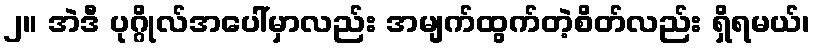
၂။ အဲဒီ ပုဂ္ဂိုလ်အပေါ်မှာလည်း အမျက်ထွက်တဲ့စိတ်လည်း ရှိရမယ်၊